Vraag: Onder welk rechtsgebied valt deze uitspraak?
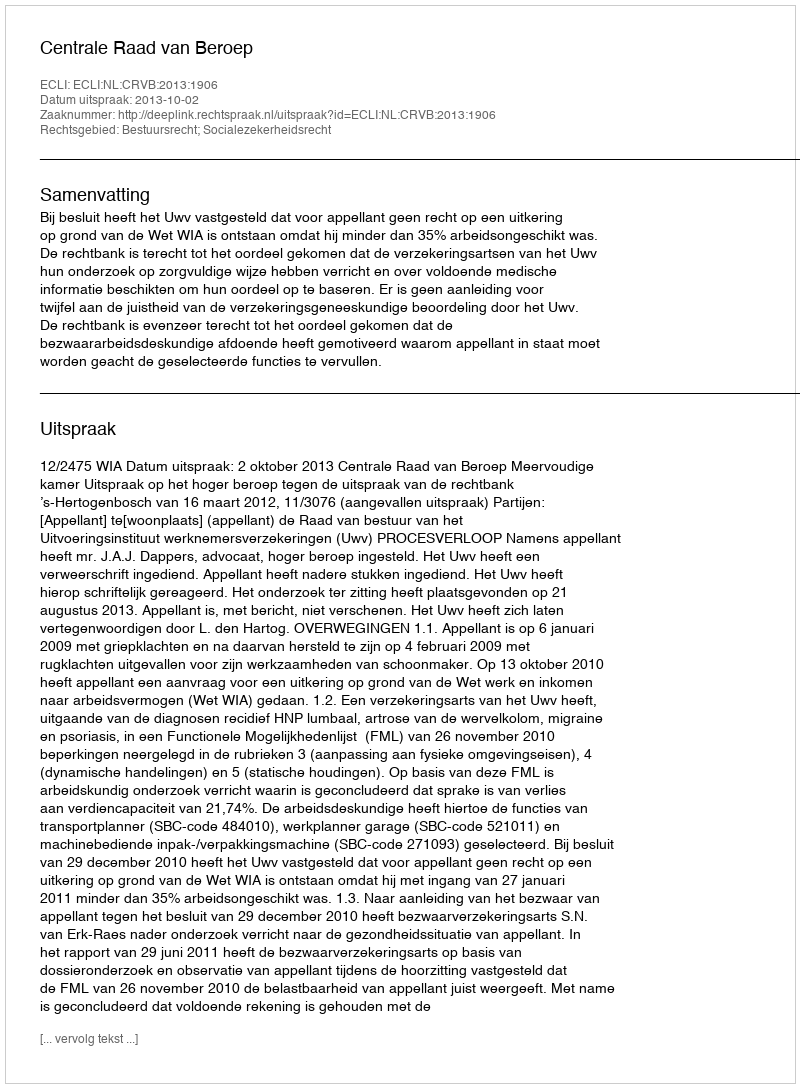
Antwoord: Bestuursrecht; Socialezekerheidsrecht